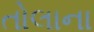
તોલાના